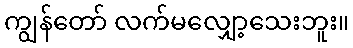
ကျွန်တော် လက်မလျှော့သေးဘူး။